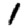
Digit: 1